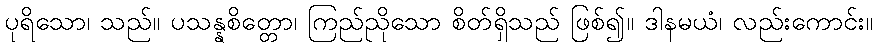
ပုရိသော၊ သည်။ ပသန္နစိတ္တော၊ ကြည်ညိုသော စိတ်ရှိသည် ဖြစ်၍။ ဒါနမယံ၊ လည်းကောင်း။